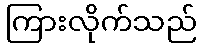
ကြားလိုက်သည်